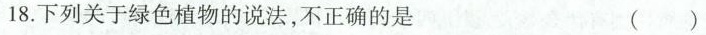
18.下列关于绿色植物的说法，不正确的是（ ）